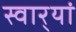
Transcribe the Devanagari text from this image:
स्वार्‍यां